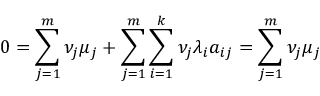
0 = \sum _ { j = 1 } ^ { m } \nu _ { j } \mu _ { j } + \sum _ { j = 1 } ^ { m } \sum _ { i = 1 } ^ { k } \nu _ { j } \lambda _ { i } a _ { i j } = \sum _ { j = 1 } ^ { m } \nu _ { j } \mu _ { j }